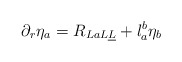
\begin{align*}\partial_r \eta_a = R_{LaL\underline L} +l_a^b \eta_b\end{align*}